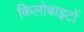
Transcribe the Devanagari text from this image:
किलोबाइटों